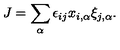
J = \sum _ { \alpha } \epsilon _ { i j } x _ { i , \alpha } \xi _ { j , \alpha } .